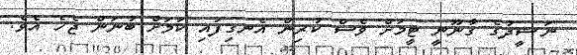
ނަޝީދުގެ ގާނޫނީ ޓީމަށް ވެސް ކުރިން އެނގިފައި ކަމަށް ބުނަން ޖެހެ އެވެ.